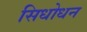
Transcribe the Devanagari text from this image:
सिधोधन